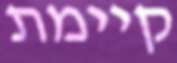
קיימת